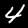
Label: 4